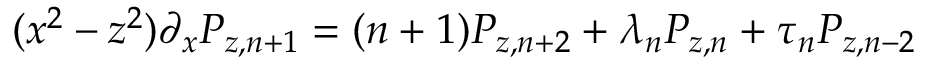
( x ^ { 2 } - z ^ { 2 } ) \partial _ { x } P _ { z , n + 1 } = ( n + 1 ) P _ { z , n + 2 } + \lambda _ { n } P _ { z , n } + \tau _ { n } P _ { z , n - 2 }